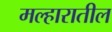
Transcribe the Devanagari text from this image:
मल्हारातील